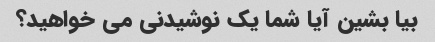
بیا بشین آیا شما یک نوشیدنی می خواهید؟